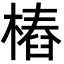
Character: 樁